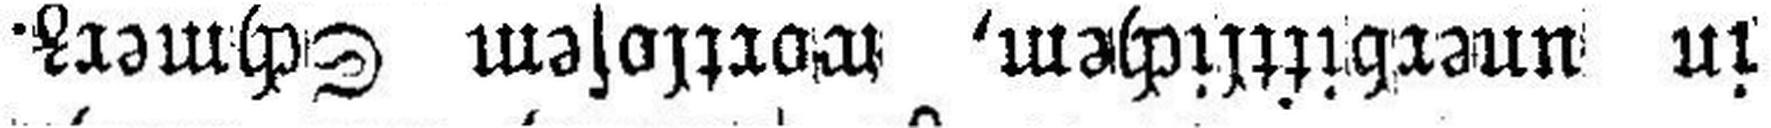
in unerbittlichem, wortlosem Schmerz.